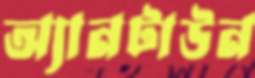
অ্যানটাউন